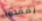
يفقدون